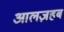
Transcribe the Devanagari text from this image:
आलज़हब